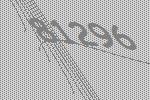
81296